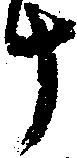
十